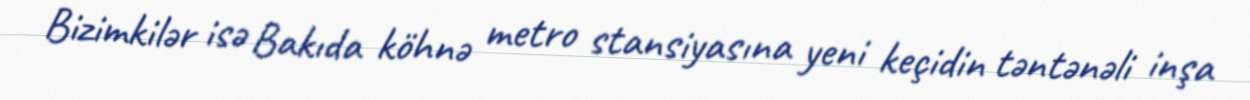
Bizimkilər isə Bakıda köhnə metro stansiyasına yeni keçidin təntənəli inşa